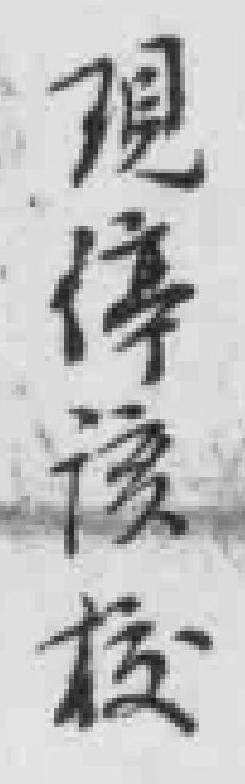
現停該校